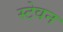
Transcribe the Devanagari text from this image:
स्टेवन